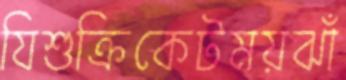
যিশুক্রিকেটময়ঝাঁ